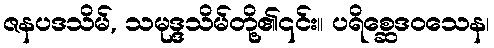
ဇနပဒသိမ်, သမုဒ္ဒသိမ်တို့၏၎င်း။ ပရိစ္ဆေဒဝသေန၊